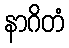
နာဂိတံ